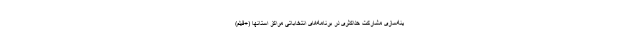
ینه‌سازی مشارکت حداکثری در برنامه‌های انتخاباتی مراکز استانها (+فیلم)